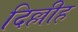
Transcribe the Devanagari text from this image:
दिल्लीह